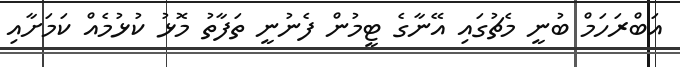
އަބްރަހަމް ބުނީ މެޗުގައި އޭނާގެ ޓީމުން ފެނުނީ ތަފާތު މޮޅު ކުޅުމެއް ކަމަށާއި